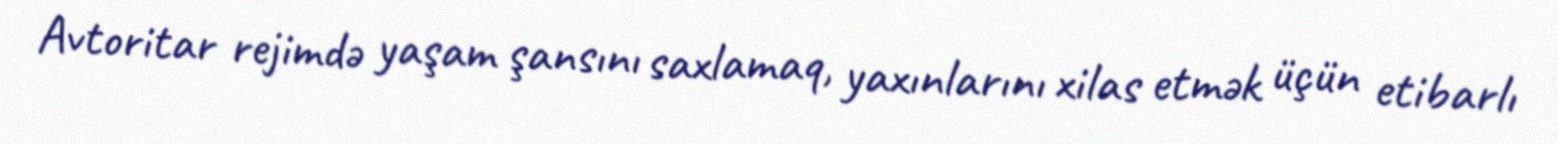
Avtoritar rejimdə yaşam şansını saxlamaq, yaxınlarını xilas etmək üçün etibarlı